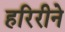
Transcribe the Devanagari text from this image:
हरिरीने